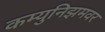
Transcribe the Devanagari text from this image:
कम्युनिझमवर